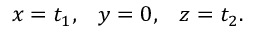
x = t _ { 1 } , \; \; \; y = 0 , \; \; \; z = t _ { 2 } .